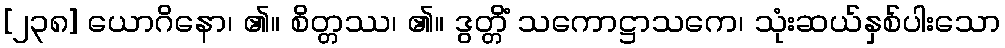
[၂၃၈] ယောဂိနော၊ ၏။ စိတ္တဿ၊ ၏။ ဒွတ္တိံ သကောဋ္ဌာသကေ၊ သုံးဆယ်နှစ်ပါးသော